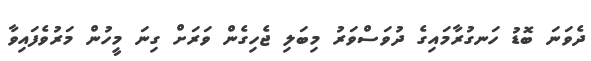
ދެވަނަ ބޮޑު ހަނގުރާމައިގެ ދުވަސްވަރު މިބަލި ޖެހިގެން ވަރަށް ގިނަ މީހުން މަރުވެފައިވާ